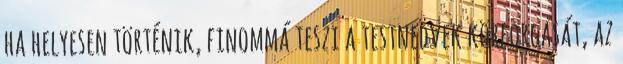
ha helyesen történik, finommá teszi a testnedvek körforgását, az